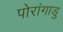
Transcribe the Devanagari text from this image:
पोरांगाडु